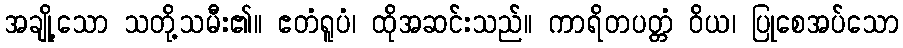
အချို့သော သတို့သမီး၏။ ဧတံရူပံ၊ ထိုအဆင်းသည်။ ကာရိတပတ္တံ ဝိယ၊ ပြုစေအပ်သော